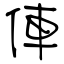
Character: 俥